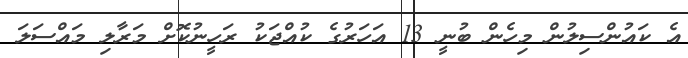
އެ ކައުންސިލުން މިހެން ބުނީ 13 އަހަރުގެ ކުއްޖަކު ރަހީނުކޮށް މަރާލި މައްސަލަ